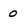
Character: O